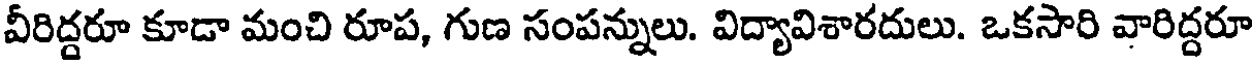
వీరిద్దరూ కూడా మంచి రూప, గుణ సంపన్నులు. విద్యావిశారదులు. ఒకసారి వారిద్దరూ